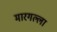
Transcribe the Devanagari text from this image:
मारगल्ला